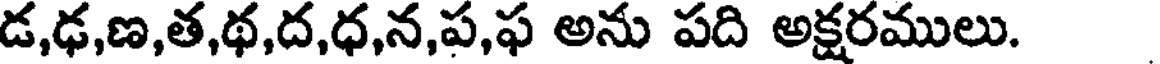
డ,ఢ,ణ,త,థ,ద,ధ,న,ప,ఫ అను పది అక్షరములు.